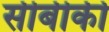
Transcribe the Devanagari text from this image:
सीबीकी